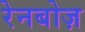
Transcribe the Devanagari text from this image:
रेनबोज़